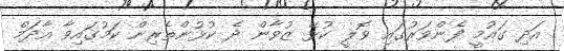
އަދި ގައުމީ ފެންވަރުގައި ވޮލީ ކުޅޭ ޒުވާން ދެ ކުޅުންތެރިން ކަމުގައިވާ އާދަމް